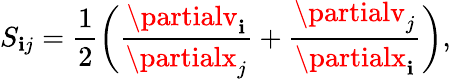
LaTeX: S_{\mathbf{i}j}=\frac{{1}}{{2}}\bigg(\frac{{\partialv_{\mathbf{i}}}}{{\partialx_{j}}}+\frac{{\partialv_{j}}}{{\partialx_{\mathbf{i}}}}\bigg),